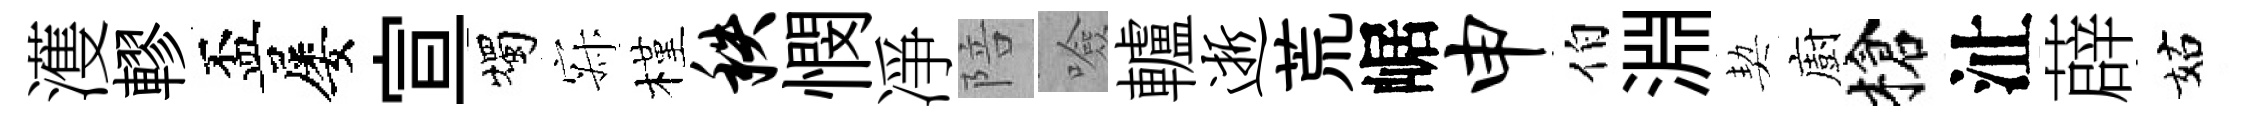
濩轇盃屡宣燭寂槿秩憫凈陪噞轤逝荒崌申伯淵契廚槍沚薜姑